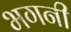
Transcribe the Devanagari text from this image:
भगनी